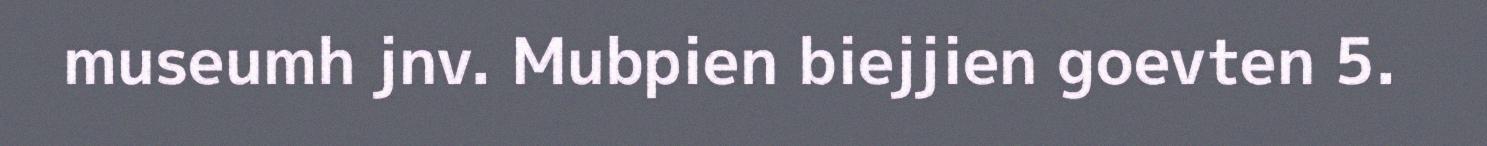
museumh jnv. Mubpien biejjien goevten 5.